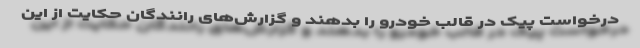
درخواست پیک در قالب خودرو را بدهند و گزارش‌های رانندگان حکایت از این